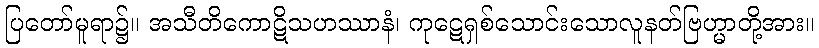
ပြတော်မူရာ၌။ အသီတိကောဋိသဟဿာနံ၊ ကုဋေရှစ်သောင်းသောလူနတ်ဗြဟ္မာတို့အား။